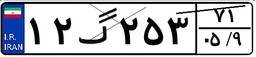
۱۲گ۲۵۳۷۱